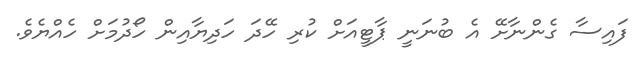
ފައިސާ ގެންނާށޭ އެ ބުނަނީ ޕާޓީއަށް ކުރި ހޭދަ ހަދިޔާއިން ހޯދުމަށް ހެއްޔެވެ.